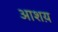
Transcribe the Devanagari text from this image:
आशय़